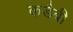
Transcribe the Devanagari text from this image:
कडैबी